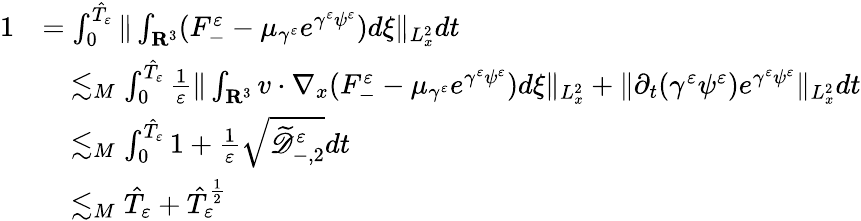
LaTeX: \begin{array}{rl}{1}&{=\int_{0}^{\hat{T}_{\varepsilon}}\| \int_{\mathbf R^{3}}(F_{-}^{\varepsilon}-\mu_{\gamma^{\varepsilon}}e^{\gamma^{\varepsilon}\psi^{\varepsilon}})d\xi\| _{L_{x}^{2}}dt}\\ &{\quad\lesssim_{M}\int_{0}^{\hat{T}_{\varepsilon}}\frac{1}{\varepsilon}\| \int_{\mathbf R^{3}}v\cdot\nabla_{x}(F_{-}^{\varepsilon}-\mu_{\gamma^{\varepsilon}}e^{\gamma^{\varepsilon}\psi^{\varepsilon}})d\xi\| _{L_{x}^{2}}+\| \partial_{t}(\gamma^{\varepsilon}\psi^{\varepsilon})e^{\gamma^{\varepsilon}\psi^{\varepsilon}}\| _{L_{x}^{2}}dt}\\ &{\quad\lesssim_{M}\int_{0}^{\hat{T}_{\varepsilon}}1+\frac{1}{\varepsilon}\sqrt{\widetilde{\mathscr D}_{-,2}^{\varepsilon}}dt}\\ &{\quad\lesssim_{M}\hat{T}_{\varepsilon}+\hat{T}_{\varepsilon}^{\frac{1}{2}}}\end{array}